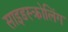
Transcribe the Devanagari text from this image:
साइडस्क्रोलिंग